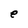
Character: e